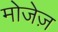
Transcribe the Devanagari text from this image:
मोजेज़